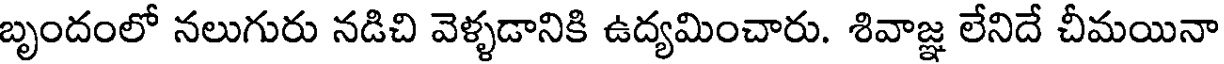
బృందంలో నలుగురు నడిచి వెళ్ళడానికి ఉద్యమించారు. శివాజ్ఞ లేనిదే చీమయినా